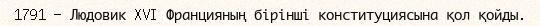
1791 — Людовик XVI Францияның бірінші конституциясына қол қойды.